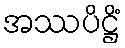
အဿပိဋ္ဌိံ